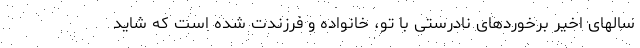
سالهای اخیر برخوردهای نادرستی با تو، خانواده و فرزندت شده است که شاید